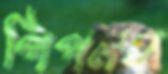
পিপলস